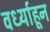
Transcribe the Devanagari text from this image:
वर्ध्याहून